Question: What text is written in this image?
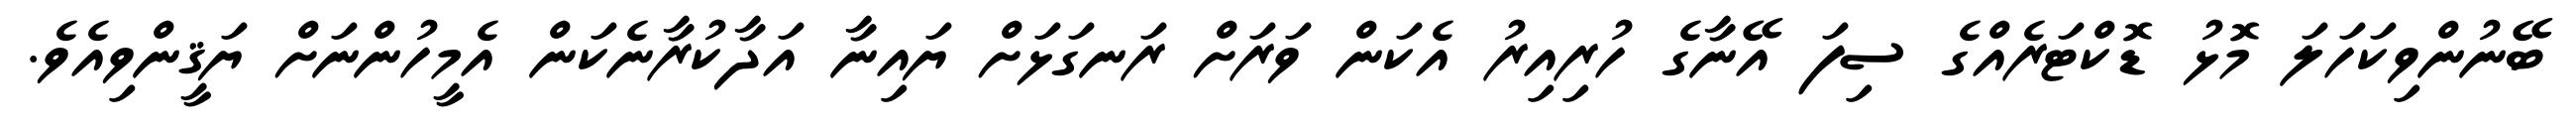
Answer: ބޭނުންވިކަހަލަ މޮޅު ޑޮކްޓަރެއްގެ ސިފަ އޭނާގެ ހުރިއިރު އެކަން ވަރަށް ރަނގަޅަށް ޔައިނާ އަދާކުރާނެކަން އެމީހުންނަށް ޔަޤީންވިއެވެ.